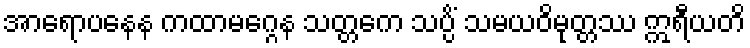
အာရောပနေန ကထာမဂ္ဂေန သတ္တကေ သပ္ပိံ သမယဝိမုတ္တဿ ဣရီယတိ